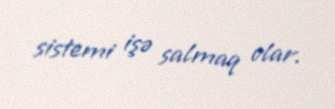
sistemi işə salmaq olar.